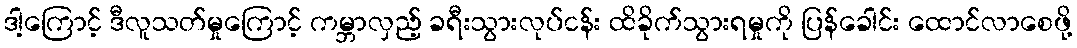
ဒါ့ကြောင့် ဒီလူသတ်မှုကြောင့် ကမ္ဘာလှည့် ခရီးသွားလုပ်ငန်း ထိခိုက်သွားရမှုကို ပြန်ခေါင်း ထောင်လာစေဖို့